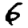
Digit: 6